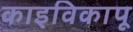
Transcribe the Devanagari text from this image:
काइविकापू